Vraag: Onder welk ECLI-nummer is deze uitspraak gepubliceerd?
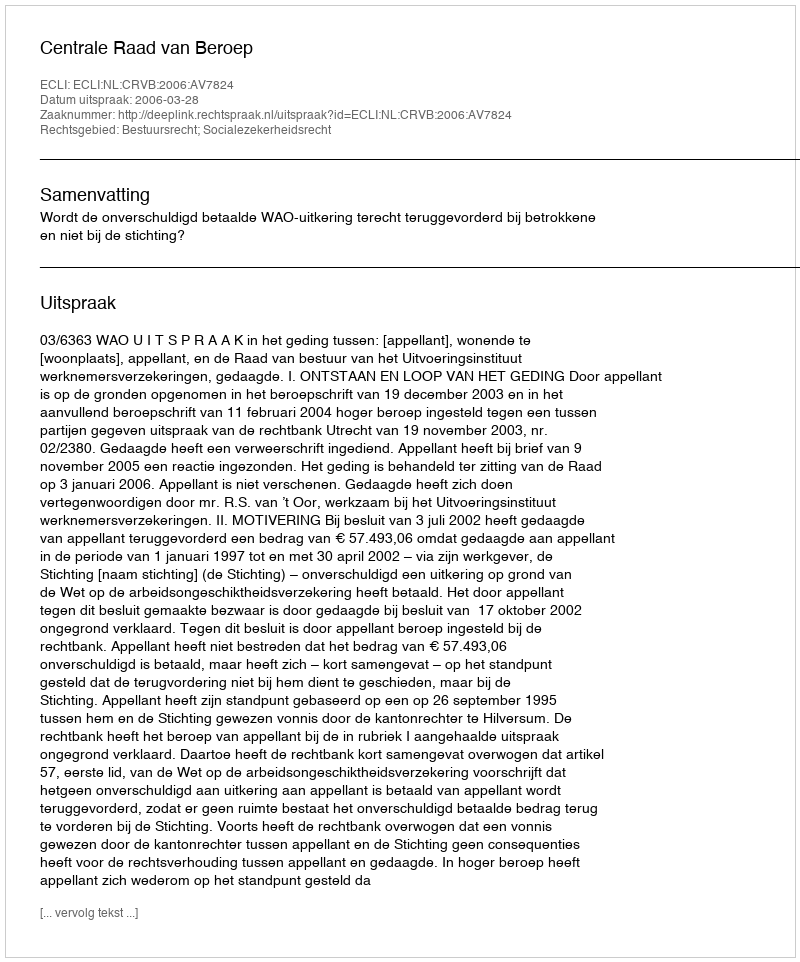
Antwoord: ECLI:NL:CRVB:2006:AV7824